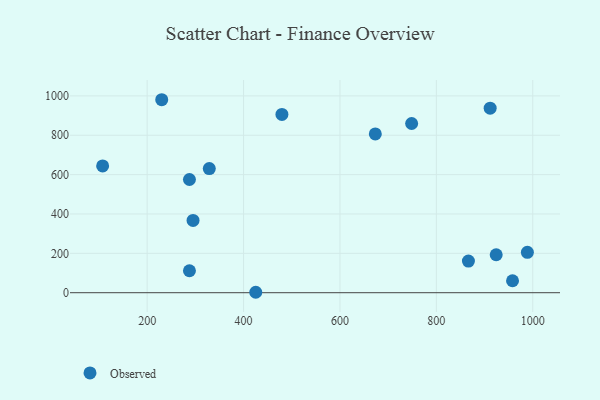
{"axis": {"x": "Investment", "y": "Sales"}, "legend": ["Observed"], "data": [{"x": "287.7", "y": 575.3, "type": "Observed"}, {"x": "958.0", "y": 60.8, "type": "Observed"}, {"x": "924.1", "y": 192.8, "type": "Observed"}, {"x": "107.6", "y": 644.1, "type": "Observed"}, {"x": "287.7", "y": 111.5, "type": "Observed"}, {"x": "479.6", "y": 905.9, "type": "Observed"}, {"x": "328.9", "y": 630.8, "type": "Observed"}, {"x": "911.6", "y": 937.4, "type": "Observed"}, {"x": "866.5", "y": 160.5, "type": "Observed"}, {"x": "230.2", "y": 980.5, "type": "Observed"}, {"x": "425.3", "y": 2.2, "type": "Observed"}, {"x": "295.2", "y": 367.2, "type": "Observed"}, {"x": "673.3", "y": 806.5, "type": "Observed"}, {"x": "988.8", "y": 205.0, "type": "Observed"}, {"x": "748.7", "y": 859.7, "type": "Observed"}]}